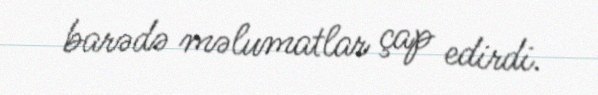
barədə məlumatlar çap edirdi.